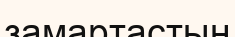
замартастың